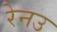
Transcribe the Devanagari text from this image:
रेनउ